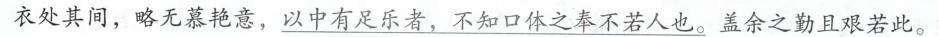
衣处其间，略无慕艳意，以中有足乐者，不知口体之奉不若人也。盖余之勤且艰若此。